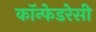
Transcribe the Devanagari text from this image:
कॉन्फेडरेसी